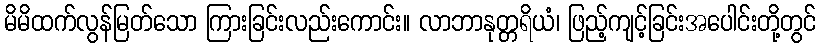
မိမိထက်လွန်မြတ်သော ကြားခြင်းလည်းကောင်း။ လာဘာနုတ္တရိယံ၊ ဖြည့်ကျင့်ခြင်းအပေါင်းတို့တွင်